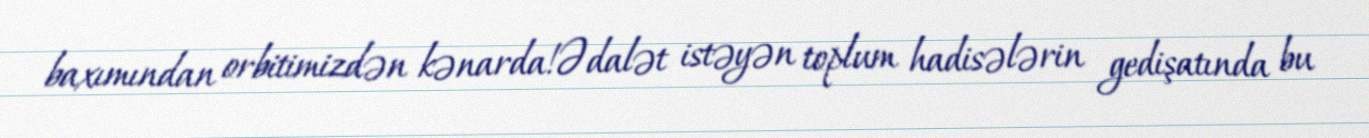
baxımından orbitimizdən kənarda!Ədalət istəyən toplum hadisələrin gedişatında bu